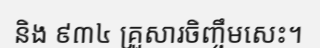
និង ៩៣៤ គ្រួសារចិញ្ចឹមសេះ។